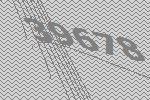
39678